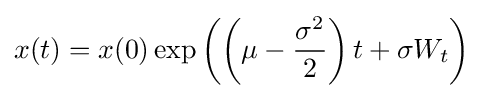
x(t)=x(0)\exp \left(\left(\mu -{\frac {\sigma ^{2}}{2}}\right)t+\sigma W_{t}\right)